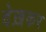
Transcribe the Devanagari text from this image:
देख़कर